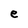
Character: e